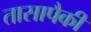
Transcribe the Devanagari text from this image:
तासापैकी